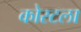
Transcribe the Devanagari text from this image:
कोस्टला